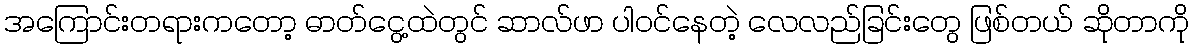
အကြောင်းတရားကတော့ ဓာတ်ငွေ့ထဲတွင် ဆာလ်ဖာ ပါဝင်နေတဲ့ လေလည်ခြင်းတွေ ဖြစ်တယ် ဆိုတာကို